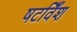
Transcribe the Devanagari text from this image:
षटविँश